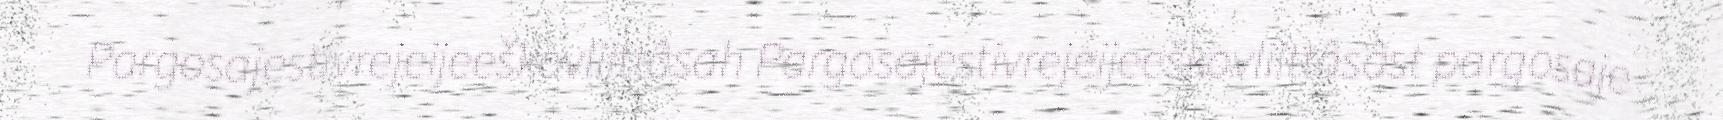
Pargosajestivrejeijeeškovliittâsah Pargosajestivrejeijeeškovliittâsâst pargosaje